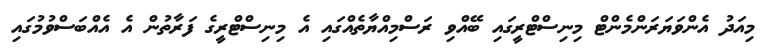
މިއަދު އެންވަޔަރަންމެންޓް މިނިސްޓްރީގައި ބޭއްވި ރަސްމިއްޔާތެއްގައި އެ މިނިސްޓްރީގެ ފަރާތުން އެ އެއްބަސްވުމުގައި